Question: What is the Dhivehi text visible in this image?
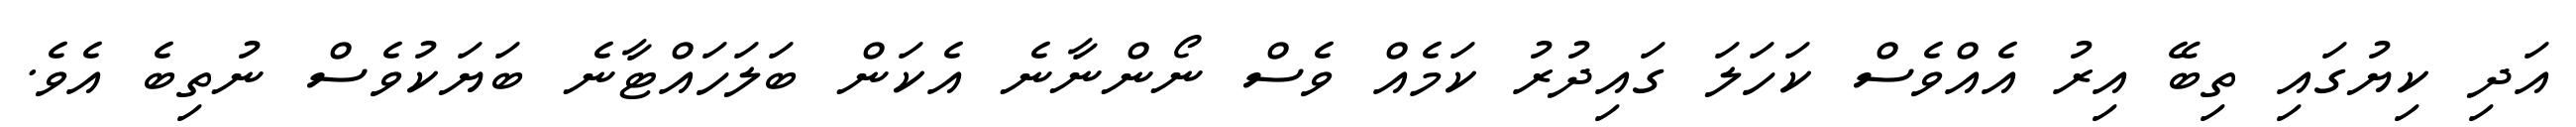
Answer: އަދި ކިޔުގައި ތިބޭ އިރު އެއްވެސް ކަހަލަ ގައިދުރު ކަމެއް ވެސް ނޯންނާނެ އެކަން ބަލަހައްޓާނެ ބަޔަކުވެސް ނުތިބެ އެވެ.